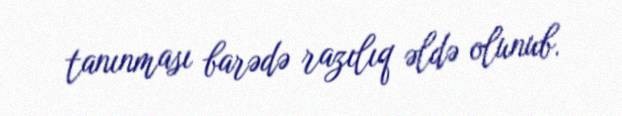
tanınması barədə razılıq əldə olunub.